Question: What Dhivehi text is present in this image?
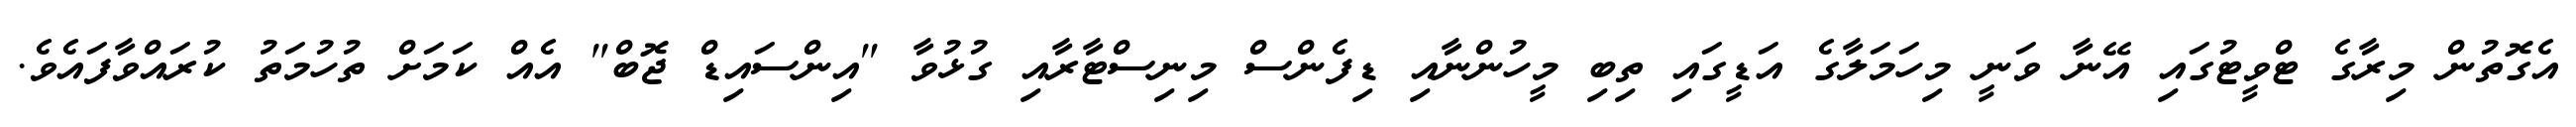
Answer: އެގޮތުން މިރާގެ ޓްވީޓުގައި އޭނާ ވަނީ މިހަމަލާގެ އަޑީގައި ތިބި މީހުންނާއި ޑިފެންސް މިނިސްޓާރާއި ގުޅުވާ "އިންސައިޑް ޖޮބް" އެއް ކަމަށް ތުހުމަތު ކުރައްވާފައެވެ.